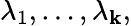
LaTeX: \lambda_{1},\dots,\lambda_{\mathbf{k}},